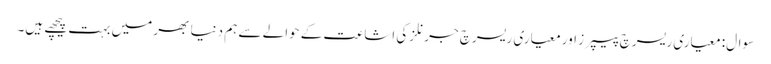
سوال: معیاری ریسرچ پیپرز اور معیاری ریسرچ جرنلز کی اشاعت کے حوالے سے ہم دنیا بھر میں بہت پیچھے ہیں۔